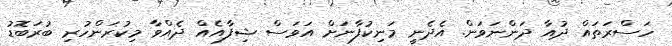
ހަސްރަތައް ދުއާ ދަންނަވަން. އެދެނީ މަނިކުފާނަށް އަވަސް ޝިފާއެއް ދެއްވާ މިކުރަންހުރި ބުރަބޮޑު